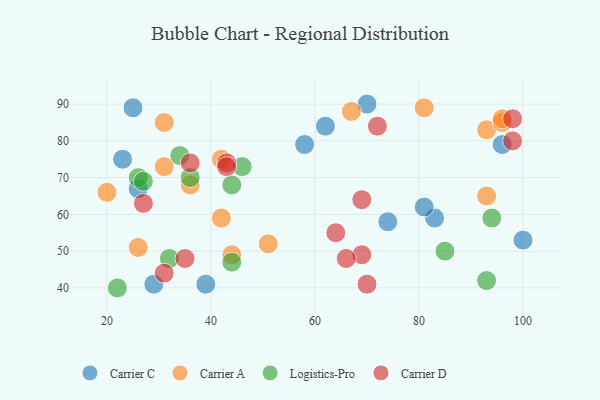
{"axis": {"x": "GDP", "y": "Life Expectancy"}, "legend": ["Carrier A", "Carrier C", "Carrier D", "Logistics-Pro"], "data": [{"x": "23", "y": 75, "type": "Carrier C"}, {"x": "83", "y": 59, "type": "Carrier C"}, {"x": "39", "y": 41, "type": "Carrier C"}, {"x": "70", "y": 90, "type": "Carrier C"}, {"x": "96", "y": 79, "type": "Carrier C"}, {"x": "26", "y": 67, "type": "Carrier C"}, {"x": "62", "y": 84, "type": "Carrier C"}, {"x": "100", "y": 53, "type": "Carrier C"}, {"x": "25", "y": 89, "type": "Carrier C"}, {"x": "74", "y": 58, "type": "Carrier C"}, {"x": "29", "y": 41, "type": "Carrier C"}, {"x": "58", "y": 79, "type": "Carrier C"}, {"x": "81", "y": 62, "type": "Carrier C"}, {"x": "20", "y": 66, "type": "Carrier A"}, {"x": "67", "y": 88, "type": "Carrier A"}, {"x": "42", "y": 75, "type": "Carrier A"}, {"x": "51", "y": 52, "type": "Carrier A"}, {"x": "42", "y": 59, "type": "Carrier A"}, {"x": "31", "y": 85, "type": "Carrier A"}, {"x": "93", "y": 83, "type": "Carrier A"}, {"x": "26", "y": 51, "type": "Carrier A"}, {"x": "31", "y": 73, "type": "Carrier A"}, {"x": "93", "y": 65, "type": "Carrier A"}, {"x": "36", "y": 68, "type": "Carrier A"}, {"x": "96", "y": 85, "type": "Carrier A"}, {"x": "96", "y": 86, "type": "Carrier A"}, {"x": "44", "y": 49, "type": "Carrier A"}, {"x": "81", "y": 89, "type": "Carrier A"}, {"x": "26", "y": 70, "type": "Logistics-Pro"}, {"x": "94", "y": 59, "type": "Logistics-Pro"}, {"x": "44", "y": 47, "type": "Logistics-Pro"}, {"x": "36", "y": 70, "type": "Logistics-Pro"}, {"x": "22", "y": 40, "type": "Logistics-Pro"}, {"x": "93", "y": 42, "type": "Logistics-Pro"}, {"x": "46", "y": 73, "type": "Logistics-Pro"}, {"x": "34", "y": 76, "type": "Logistics-Pro"}, {"x": "85", "y": 50, "type": "Logistics-Pro"}, {"x": "32", "y": 48, "type": "Logistics-Pro"}, {"x": "27", "y": 69, "type": "Logistics-Pro"}, {"x": "44", "y": 68, "type": "Logistics-Pro"}, {"x": "43", "y": 74, "type": "Carrier D"}, {"x": "70", "y": 41, "type": "Carrier D"}, {"x": "36", "y": 74, "type": "Carrier D"}, {"x": "35", "y": 48, "type": "Carrier D"}, {"x": "72", "y": 84, "type": "Carrier D"}, {"x": "69", "y": 49, "type": "Carrier D"}, {"x": "64", "y": 55, "type": "Carrier D"}, {"x": "31", "y": 44, "type": "Carrier D"}, {"x": "69", "y": 64, "type": "Carrier D"}, {"x": "66", "y": 48, "type": "Carrier D"}, {"x": "98", "y": 80, "type": "Carrier D"}, {"x": "43", "y": 73, "type": "Carrier D"}, {"x": "27", "y": 63, "type": "Carrier D"}, {"x": "98", "y": 86, "type": "Carrier D"}]}